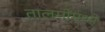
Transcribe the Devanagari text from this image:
तालमींमध्ये